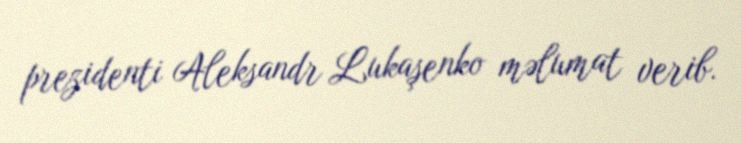
prezidenti Aleksandr Lukaşenko məlumat verib.